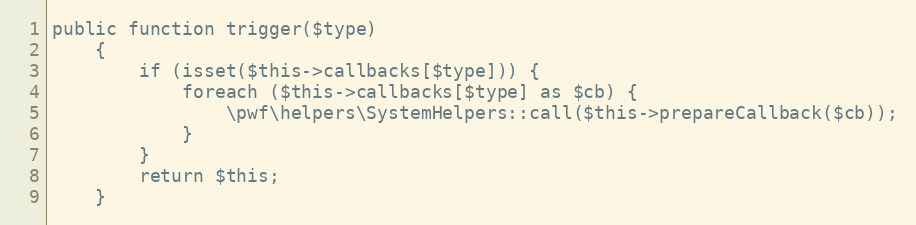
Language: PHP
public function trigger($type)
    {
        if (isset($this->callbacks[$type])) {
            foreach ($this->callbacks[$type] as $cb) {
                \pwf\helpers\SystemHelpers::call($this->prepareCallback($cb));
            }
        }
        return $this;
    }